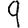
Digit: 9